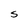
Character: S